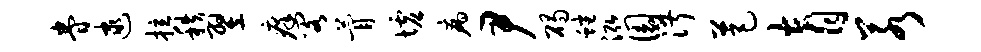
眷逮拉秩翌痒阁瞢墟病尹碣蟠泓圜淑芭育若